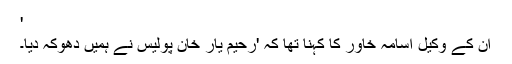
'
ان کے وکیل اسامہ خاور کا کہنا تھا کہ 'رحیم یار خان پولیس نے ہمیں دھوکہ دیا۔